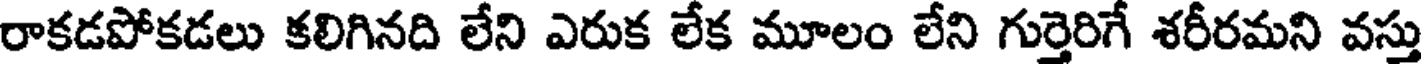
రాకడపోకడలు కలిగినది లేని ఎరుక లేక మూలం లేని గుర్తెరిగే శరీరమని వస్తు